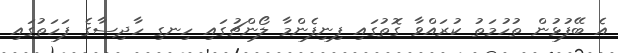
އެ ބޭފުޅުން ތުހުމަތު ކުރައްވާ ގޮތުގައި ފިނިފެންމާ ލޯންޗުގައި ހިނގި ހާދިސާގެ ފަހަތުގައި